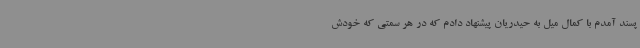
پسند آمدم با کمال میل به حیدریان پیشنهاد دادم که در هر سمتی که خودش